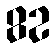
82